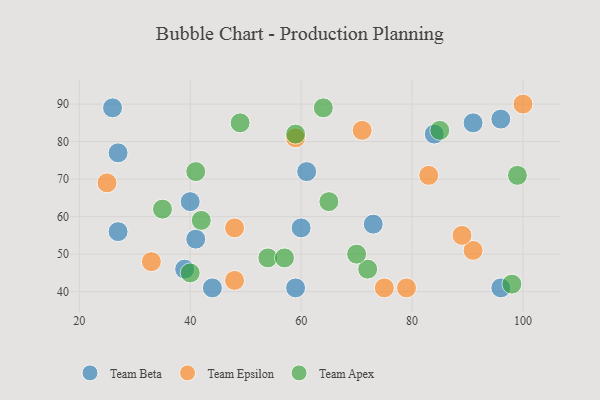
{"axis": {"x": "GDP", "y": "Life Expectancy"}, "legend": ["Team Apex", "Team Beta", "Team Epsilon"], "data": [{"x": "40", "y": 64, "type": "Team Beta"}, {"x": "27", "y": 77, "type": "Team Beta"}, {"x": "59", "y": 41, "type": "Team Beta"}, {"x": "96", "y": 86, "type": "Team Beta"}, {"x": "26", "y": 89, "type": "Team Beta"}, {"x": "44", "y": 41, "type": "Team Beta"}, {"x": "41", "y": 54, "type": "Team Beta"}, {"x": "60", "y": 57, "type": "Team Beta"}, {"x": "91", "y": 85, "type": "Team Beta"}, {"x": "84", "y": 82, "type": "Team Beta"}, {"x": "61", "y": 72, "type": "Team Beta"}, {"x": "27", "y": 56, "type": "Team Beta"}, {"x": "39", "y": 46, "type": "Team Beta"}, {"x": "73", "y": 58, "type": "Team Beta"}, {"x": "96", "y": 41, "type": "Team Beta"}, {"x": "79", "y": 41, "type": "Team Epsilon"}, {"x": "48", "y": 43, "type": "Team Epsilon"}, {"x": "83", "y": 71, "type": "Team Epsilon"}, {"x": "48", "y": 57, "type": "Team Epsilon"}, {"x": "59", "y": 81, "type": "Team Epsilon"}, {"x": "100", "y": 90, "type": "Team Epsilon"}, {"x": "33", "y": 48, "type": "Team Epsilon"}, {"x": "71", "y": 83, "type": "Team Epsilon"}, {"x": "25", "y": 69, "type": "Team Epsilon"}, {"x": "91", "y": 51, "type": "Team Epsilon"}, {"x": "75", "y": 41, "type": "Team Epsilon"}, {"x": "89", "y": 55, "type": "Team Epsilon"}, {"x": "35", "y": 62, "type": "Team Apex"}, {"x": "65", "y": 64, "type": "Team Apex"}, {"x": "54", "y": 49, "type": "Team Apex"}, {"x": "72", "y": 46, "type": "Team Apex"}, {"x": "40", "y": 45, "type": "Team Apex"}, {"x": "59", "y": 82, "type": "Team Apex"}, {"x": "85", "y": 83, "type": "Team Apex"}, {"x": "64", "y": 89, "type": "Team Apex"}, {"x": "98", "y": 42, "type": "Team Apex"}, {"x": "42", "y": 59, "type": "Team Apex"}, {"x": "99", "y": 71, "type": "Team Apex"}, {"x": "57", "y": 49, "type": "Team Apex"}, {"x": "70", "y": 50, "type": "Team Apex"}, {"x": "49", "y": 85, "type": "Team Apex"}, {"x": "41", "y": 72, "type": "Team Apex"}]}